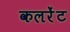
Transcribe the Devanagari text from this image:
कलरेंट